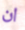
ان